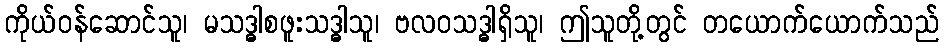
ကိုယ်ဝန်ဆောင်သူ၊ မသဒ္ဓါစဖူးသဒ္ဓါသူ၊ ဗလဝသဒ္ဓါရှိသူ၊ ဤသူတို့တွင် တယောက်ယောက်သည်